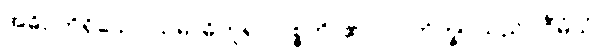
အဓိပတိရှိသော သမာဓိဟူ၍။ ဝုစ္စတိ၊ ၏။ ပ။ ဘိက္ခု၊ သည်။ ဝီမံသံ၊